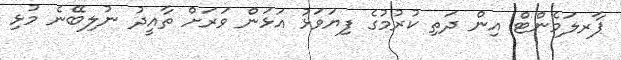
ޕާރލަމެންޓް އިން ދަތި ކުރުމުގެ ފިޔަވަޅު އަަޅަން ވަރަށް ތާއީދު ނުލިބޭނެ މުޅި